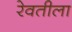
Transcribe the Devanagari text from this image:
रेवतीला